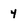
Character: 4